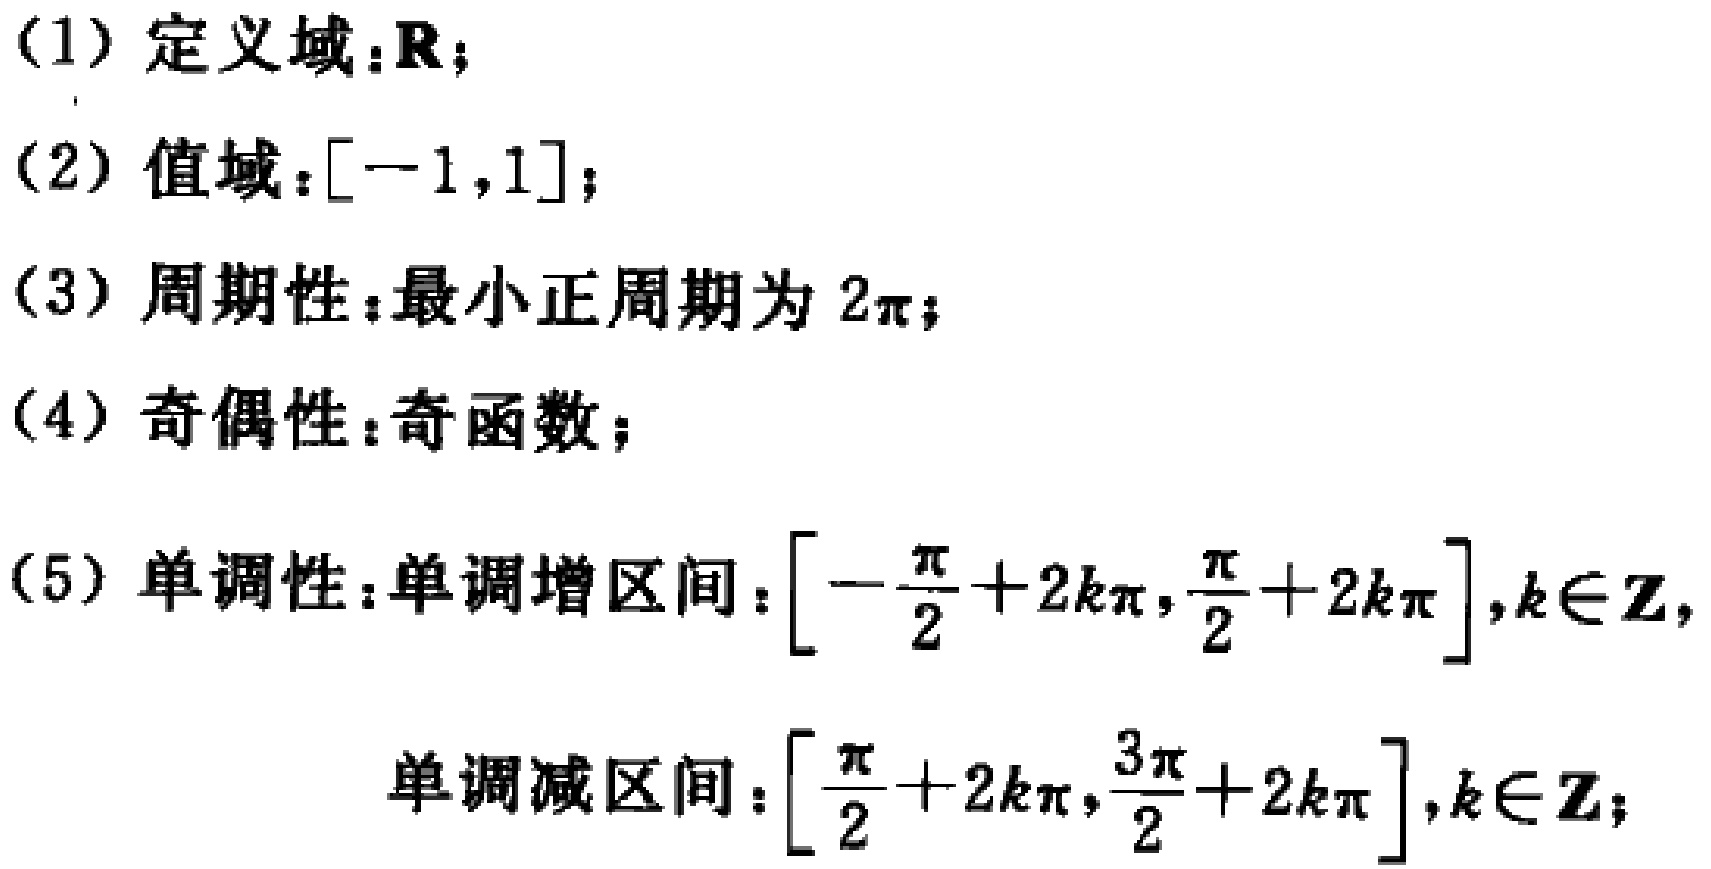
(1) 定义域：\(\mathbb{R}\)；

(2) 值域：\([-1,1]\)；

(3) 周期性：最小正周期为 \(2\pi\)；

(4) 奇偶性：奇函数；

(5) 单调性：单调增区间：\(\left[-\frac{\pi}{2} + 2k\pi,\frac{\pi}{2}+2k\pi\right],k\in\mathbb{Z}\)，

单调减区间：\(\left[\frac{\pi}{2}+2k\pi,\frac{3\pi}{2}+2k\pi\right],k\in\mathbb{Z}\)；